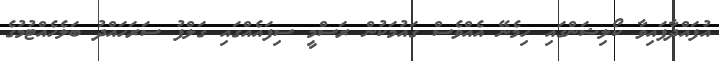
އުފައްދާފައިވާ ކޯލިޝަންގައި ހިމެނޭ އެއްވެސް ގައުމަކުން ރަސްމީ ސިފައެއްގައި ގަލްފު ސަރަހައްދު ބަލެހެއްޓުމުގެ